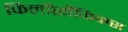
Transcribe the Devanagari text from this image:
फिलॉसॉफिकस